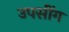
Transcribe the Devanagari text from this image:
उपसींग